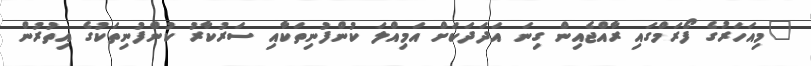
"މިއަހަރުގެ ފޯރަމްގައި ރާއްޖެއިން ގިނަ އަދަދަކަށް އަމިއްލަ ކުންފުނިތަކާއި ސަރުކާރު ކުންފުނިތަކުގެ އިތުރުން